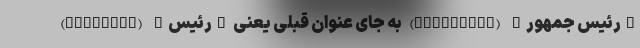
"رئیس جمهور" (president) به جای عنوان قبلی یعنی "رئیس" (chairman)